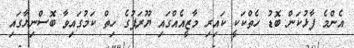
އެންމެ ފާޅުކަން ބޮޑު ހެތްކަކީ ކައިރި މާޒީއެއްގައި ޔޫރަޕުގެ ހިތް ކަމުގައިވާ ބޮސްނިޔާގައި